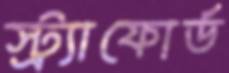
স্ট্র্যাফোর্ড